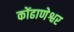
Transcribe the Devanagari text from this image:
कोंढाणेश्वर